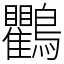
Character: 鸜